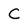
Character: C